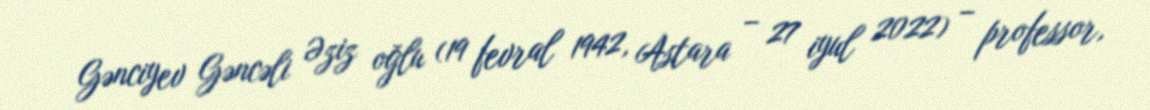
Gənciyev Gəncəli Əziz oğlu (19 fevral 1942, Astara – 27 iyul 2022) – professor,